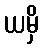
ယမှိ